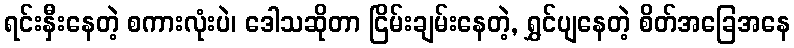
ရင်းနှီးနေတဲ့ စကားလုံးပဲ၊ ဒေါသဆိုတာ ငြိမ်းချမ်းနေတဲ့, ရွှင်ပျနေတဲ့ စိတ်အခြေအနေ